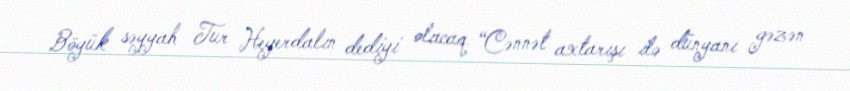
Böyük səyyah Tur Heyerdalın dediyi olacaq: “Cənnət axtarışı ilə dünyanı gəzən